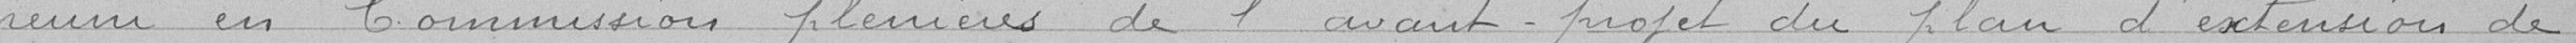
réunis en commission plénière de l'avant projet du plan d'extension de